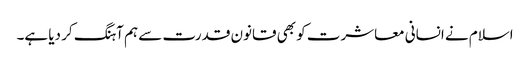
اسلام نے انسانی معاشرت کو بھی قانون قدرت سے ہم آہنگ کر دیا ہے۔